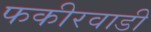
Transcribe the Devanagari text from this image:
फकीरवाडी